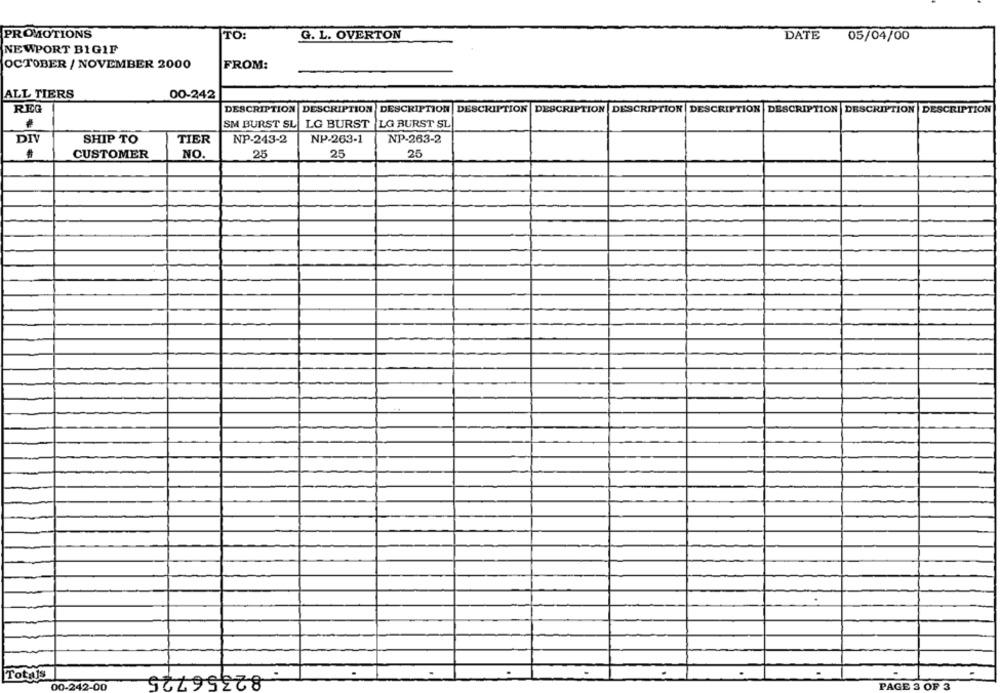
PROMOTIONS
TO:
DATE
G. L. OVERTON
05/04/00
NEWPORT BIGIF
OCTOBER / NOVEMBER 2000
FROM:
ALL TIERS
00-242
REG
DESCRIPTION DESCRIPTION
DESCRIPTION DESCRIPTION DESCRIPTION DESCRIPTION DESCRIPTION DESCRIPTION DESCRIPTION DESCRIPTION
SM BURST SL
LG BURST
LG BURST SL
DIV
TIER
NP-243-2
NP-263-1
NP-263-2
SHIP TO
25
CUSTOMER
NO.
25
25
Totals
00-242-00
PAGE 3 OF 3